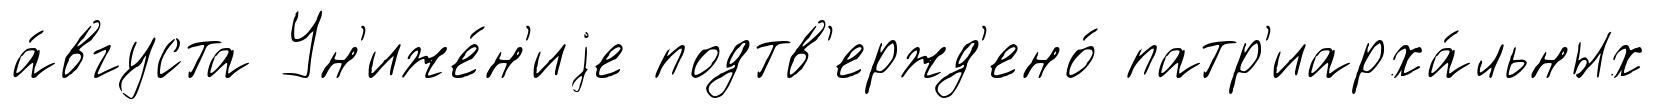
а́вгуста Ун'иже́н'иjе подтв'ержд'ено́ патр'иарха́льных